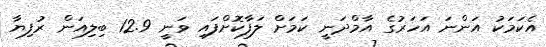
އެކަމަކު އަންނަ އަހަރުގެ އާމްދަނީ ކަމަށް ލަފާކޮށްފައި ވަނީ 12.9 ބިލިއަން ރުފިޔާ